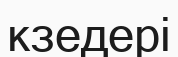
кзедері